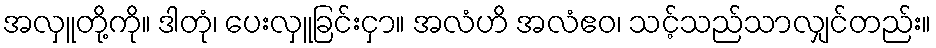
အလှူတို့ကို။ ဒါတုံ၊ ပေးလှူခြင်းငှာ။ အလံဟိ အလံဧဝ၊ သင့်သည်သာလျှင်တည်း။